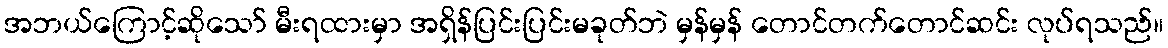
အဘယ်ကြောင့်ဆိုသော် မီးရထားမှာ အရှိန်ပြင်းပြင်းမခုတ်ဘဲ မှန်မှန် တောင်တက်တောင်ဆင်း လုပ်ရသည်။